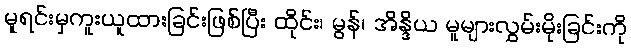
မူရင်းမှကူးယူထားခြင်းဖြစ်ပြီး ထိုင်း၊ မွန်၊ အိန္ဒိယ မူများလွှမ်းမိုးခြင်းကို